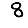
Digit: 8